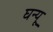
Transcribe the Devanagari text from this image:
घन्यू